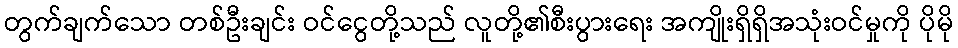
တွက်ချက်သော တစ်ဦးချင်း ဝင်ငွေတို့သည် လူတို့၏စီးပွားရေး အကျိုးရှိရှိအသုံးဝင်မှုကို ပိုမို